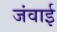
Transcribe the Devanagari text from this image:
जंवाई